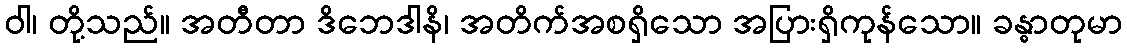
ဝါ၊ တို့သည်။ အတီတာ ဒိဘေဒါနိ၊ အတိက်အစရှိသော အပြားရှိကုန်သော။ ခန္ဓာတုမာ